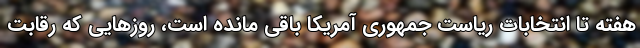
هفته تا انتخابات ریاست جمهوری آمریکا باقی مانده است، روزهایی که رقابت